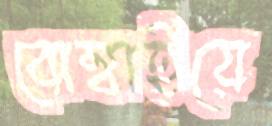
বোম্বাইয়ে